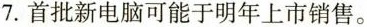
7.首批新电脑可能于明年上市销售。